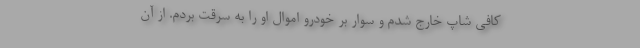
کافی شاپ خارج شدم و سوار بر خودرو اموال او را به سرقت بردم. از آن